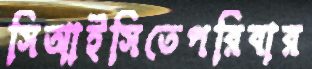
সিআইসিতেপরিবার